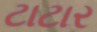
ટાટાર